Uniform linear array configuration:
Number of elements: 64
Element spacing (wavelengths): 0.25
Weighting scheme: binomial
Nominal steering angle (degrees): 60
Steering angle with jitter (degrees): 60.633
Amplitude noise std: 0.05
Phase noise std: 0.05

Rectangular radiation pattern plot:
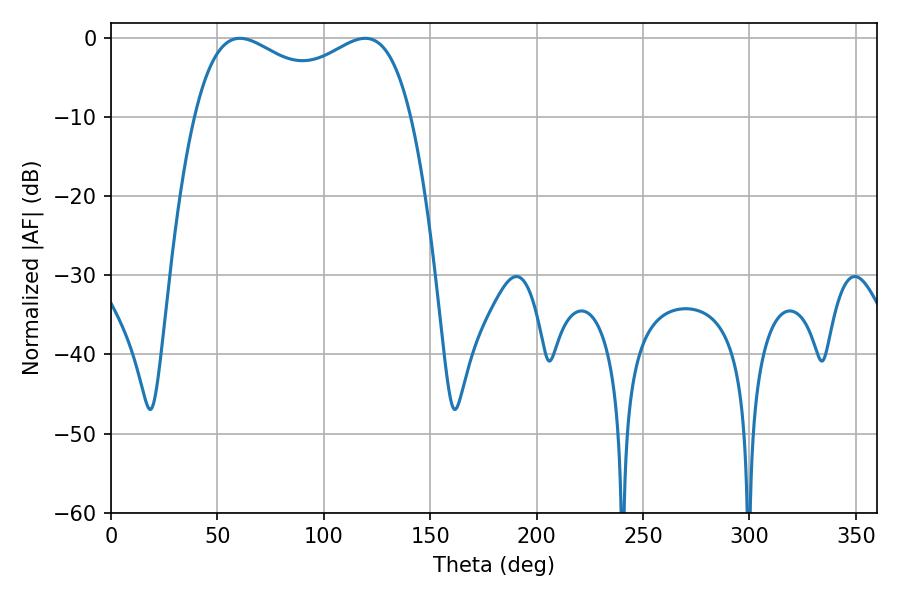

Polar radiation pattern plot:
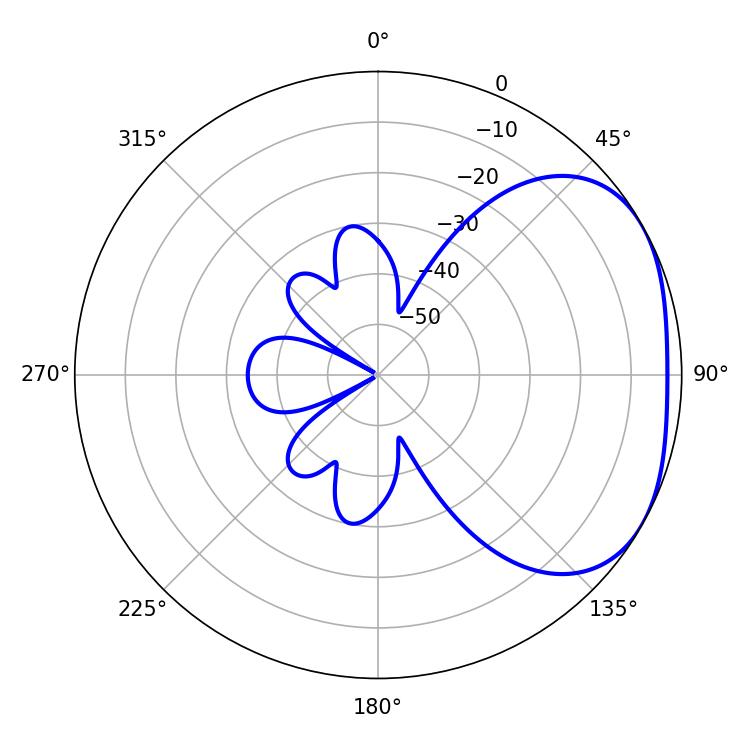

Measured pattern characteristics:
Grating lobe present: FALSE
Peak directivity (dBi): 2.703
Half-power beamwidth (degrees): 84.6
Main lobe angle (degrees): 60.48